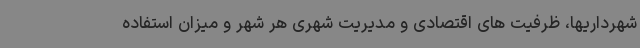
شهرداریها، ظرفیت های اقتصادی و مدیریت شهری هر شهر و میزان استفاده